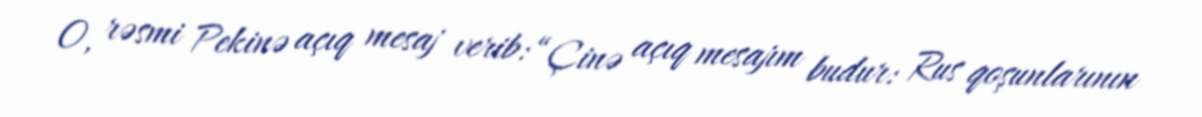
O, rəsmi Pekinə açıq mesaj verib: “Çinə açıq mesajım budur: Rus qoşunlarının